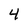
Character: 4